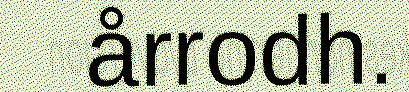
årrodh.